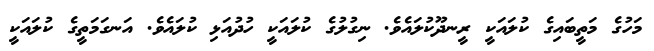
މަހުގެ މަތީބައިގެ ކުލައަކީ ރީނދޫކުލައެވެ. ނިގުލުގެ ކުލައަކީ ހުދުއަޅި ކުލައެވެ. އަނގަމަތީގެ ކުލައަކީ